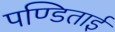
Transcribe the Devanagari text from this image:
पण्डिताई